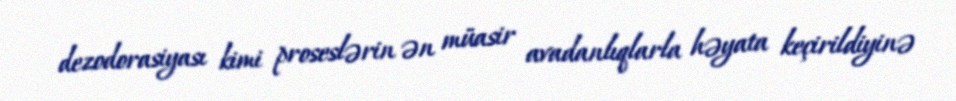
dezodorasiyası kimi proseslərin ən müasir avadanlıqlarla həyata keçirildiyinə